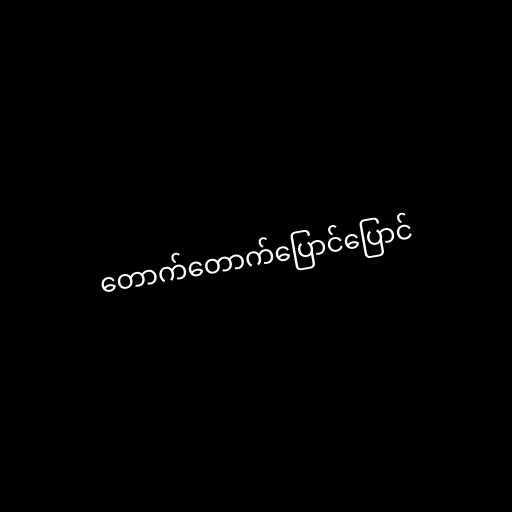
တောက်တောက်ပြောင်ပြောင်